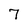
Character: 7